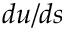
d u / d s